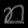
Digit: ၈